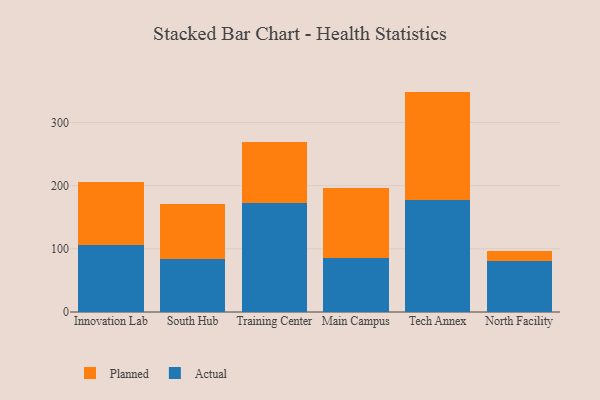
{"axis": {"x": "Campus", "y": "Net Income (USD K)"}, "legend": ["Actual", "Planned"], "data": [{"x": "Innovation Lab", "y": 106.4, "type": "Actual"}, {"x": "Innovation Lab", "y": 98.8, "type": "Planned"}, {"x": "South Hub", "y": 83.2, "type": "Actual"}, {"x": "South Hub", "y": 88.5, "type": "Planned"}, {"x": "Training Center", "y": 173.3, "type": "Actual"}, {"x": "Training Center", "y": 95.8, "type": "Planned"}, {"x": "Main Campus", "y": 85.1, "type": "Actual"}, {"x": "Main Campus", "y": 111.2, "type": "Planned"}, {"x": "Tech Annex", "y": 177.9, "type": "Actual"}, {"x": "Tech Annex", "y": 171.1, "type": "Planned"}, {"x": "North Facility", "y": 80.7, "type": "Actual"}, {"x": "North Facility", "y": 15.6, "type": "Planned"}]}